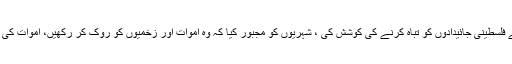
اس کی وجہ سے یہ عجیب صورت حال مزید خراب ہوئی جس میں حماس نے فلسطینی جائیدادوں کو تباہ کرنے کی کوشش کی ، شہریوں کو مجبور کیا کہ وہ اموات اور زخمیوں کو روک کر رکھیں، اموات کی شرح تعداد میں اضافہ کریں اور جان بوجھ کر اپنے ہی علاقے پر حملہ کریں۔